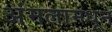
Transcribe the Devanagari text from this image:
अंमलामधून